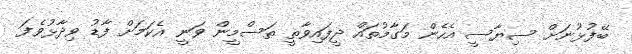
ބޭފުޅުނަށް ސިޔާސީ އެހެން މަގާމުތައް ދީފައިވާތީ ތަސްމީން ވަނީ އެކަމަށް ފާޑު ވިދާޅުވެފަ